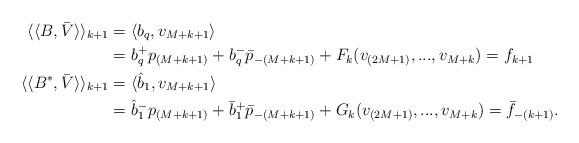
LaTeX: \begin{align*}\langle\langle B, \bar{V} \rangle\rangle_{k+1}&=\langle b_q, v_{M+k+1}\rangle\\&= b^+_q p_{(M+k+1)}+b^-_q \bar{p}_{-(M+k+1)}+F_k(v_{(2M+1)},...,v_{M+k})= f_{k+1}\\\langle\langle B^*, \bar{V} \rangle\rangle_{k+1}&=\langle \hat{b}_1, v_{M+k+1}\rangle\\&= \hat{b}^-_1 p_{(M+k+1)}+\bar{b}^+_1 \bar{p}_{-(M+k+1)}+G_k(v_{(2M+1)},...,v_{M+k})= \bar{f}_{-(k+1)}.\end{align*}